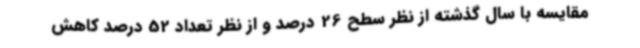
مقایسه با سال گذشته از نظر سطح 26 درصد و از نظر تعداد 52 درصد کاهش